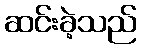
ဆင်းခဲ့သည်